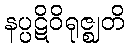
နပ္ပဋိဝိရုဇ္ဈတိ